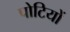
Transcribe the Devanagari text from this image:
पोटियों